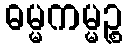
ဓမ္မကမ္မဉ္စ